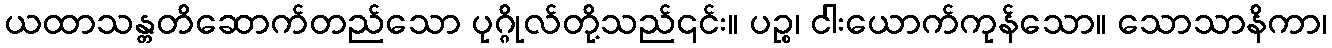
ယထာသန္တတိဆောက်တည်သော ပုဂ္ဂိုလ်တို့သည်၎င်း။ ပဉ္စ၊ ငါးယောက်ကုန်သော။ သောသာနိကာ၊